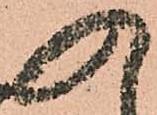
入